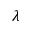
\lambda